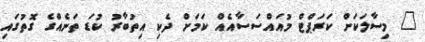
" މިސާލަކަށް ކަރަޕްޓް މުއައްސަސާއެއް ކަމަށް ދެކި އިތުބާރު ކުޑަ ތަނެއްގެ ގޮތުގައި